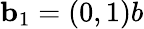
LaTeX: \textbf{b}_{1}=(0,1)b